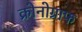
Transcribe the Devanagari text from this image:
क्रोनोग्राफ